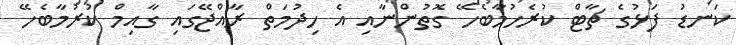
ކަނޑު ފަޅުގެ ޗާޓް ކުރެހުމާބެހޭ ގޮތުންނާއި އެ ހިދުމަތް ރާއްޖޭގައި ގާއިމް ކުރުމާބެހޭ